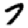
Digit: 7